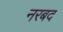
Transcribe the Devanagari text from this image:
नरबद